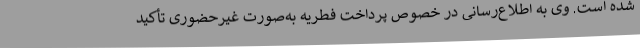
شده است. وی به اطلاع‌رسانی در خصوص پرداخت فطریه به‌صورت غیرحضوری تأکید